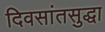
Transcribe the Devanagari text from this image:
दिवसांतसुद्धा